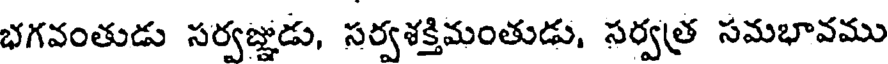
భగవంతుడు సర్వజ్ఞుడు, సర్వశక్తిమంతుడు, సర్వత్ర సమభావము